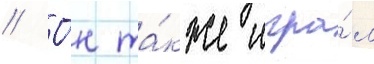
// О́н та́кже игра́л